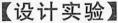
【设计实验】